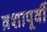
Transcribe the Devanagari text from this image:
व्रशापूर्वी